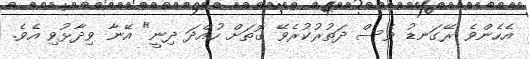
އެހެންވެ ރޭގަނޑު ވެސް ދަތުރުކުރެވޭ ގޮތަށް ހުއްދަ ދިނީ" އޭނާ ވިދާޅުވި އެވެ.